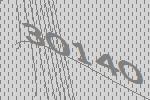
30140